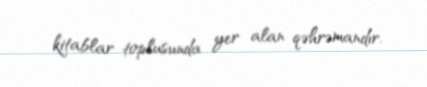
kitablar toplusunda yer alan qəhrəmandır.